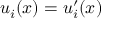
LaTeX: u _ { i } ( x ) = u _ { i } ^ { \prime } ( x )